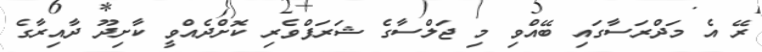
ރޭ އެ މަދްރަސާގައި ބޭއްވި މި ޖަލްސާގެ ޝަރަފްވެރި ކޮށްދެއްވީ ކާށިދޫ ދާއިރާގެ